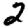
Digit: 2